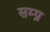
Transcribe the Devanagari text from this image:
सम्प्र